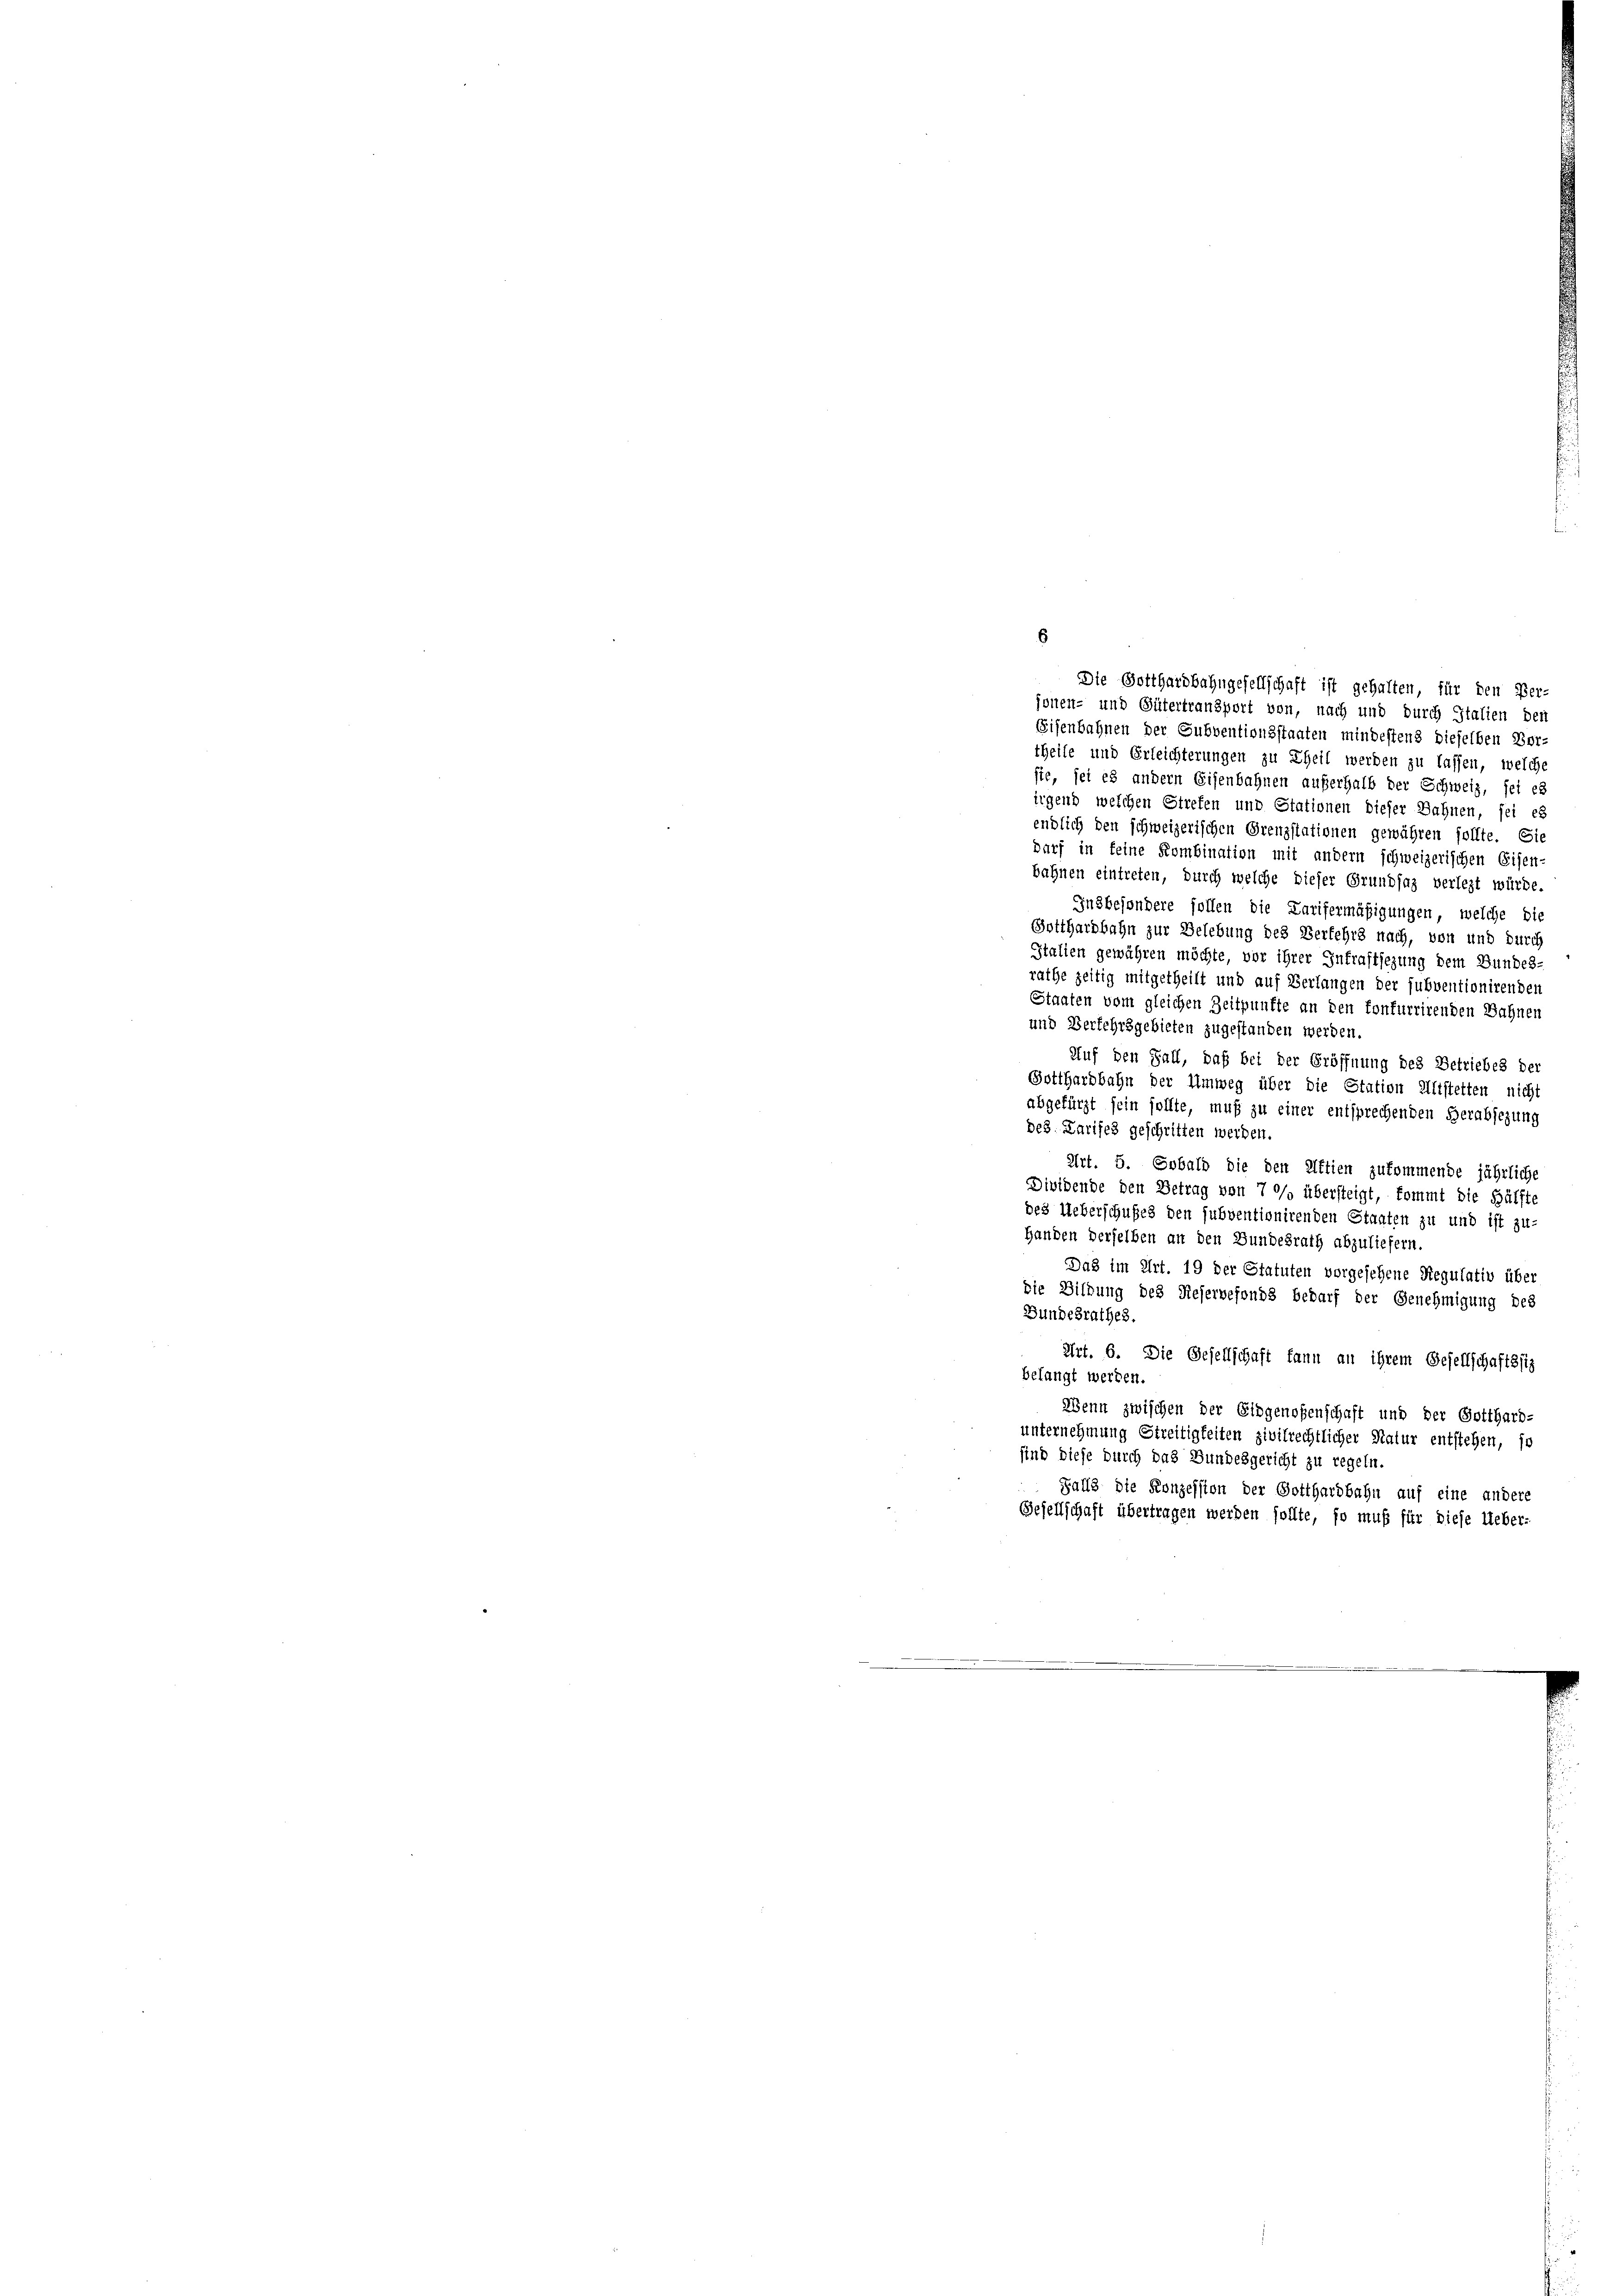
s

e
Die Gotthardbahngesellschaft ist gehalten, für den Per-
jonen- und Gütertransport von, nach und durch Italien den
Eisenbahnen der Subventionsstaaten mindestens dieselben Ver-
theile und Erleichterungen zu Theil werden zu lassen, welche
ste, sei es andern Eisenbahnen auferhalb der Schweiz, sei es
irgend welchen Strefen und Stationen dieser Bahnen, sei es
endlich den schweizerischen Grenzstationen gewähren sollte. Sie
darf in feine Kombination mit andern schweizerischen Eisen-
bahnen eintreten, durch welche dieser Grundsaz verlegt würde.
Insbesondere sollen die Karifermäßigungen, welche die
Gotthardbahn zur Belebung des Verfehrs nach, von und durch
Stallen gewähren möchte, vor ihrer Inkraftsezung dem Bundes-
rathe zeitig mitgetheilt und auf Verlangen der subventionirenden
Staaten vom gleichen Zeitpunkte an den konkurrirenden Bahnen
und Verfehrsgebieten zugestanden werden.
Auf den Fall, daß bei der Eröffnung des Betriebes der
Gotthardbahn der Umweg über die Station Altstetten nicht
abgefürzt sein sollte, muß zu einer entsprechenden Herabsezung
des Karises geschritten werden.
Art. 5. Sobald die den Aktien zukommende jährliche
Dividende den Betrag von 7 °/o übersteigt, kommt die Hälfte
des Ueberschußes den subventionirenden Staaten zu und ist zu-
Handen derselben an den Bundesrath abzuliefern.
Das im Art. 19 der Statuten vorgesehene Regulativ über
die Bildung des Rieservefonds bedarf der Genehmigung des
Bundesrathes.
Art. 6. Die Gesellschaft kann an ihrem Gesellschaftssitz
belangt werden.
Wenn zwischen der Eidgenoßenschaft und der Gotthard-
unternehmung Streitigkeiten zivilrechtlicher Natur entstehen, so
sind diese durch das Bundesgericht zu regeln.
Falls die Konzession der Gotthardbahn auf eine andere
Gesellschaft übertragen werden sollte, so muß für diese Ueber-